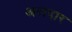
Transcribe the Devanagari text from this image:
अरादार